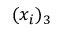
( x _ { i } ) _ { 3 }